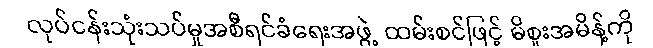
လုပ်ငန်းသုံးသပ်မှုအစီရင်ခံရေးအဖွဲ့ ထမ်းစင်ဖြင့် မိစူးအမိန့်ကို